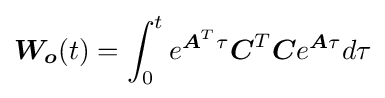
{\boldsymbol {W_{o}}}(t)=\int _{0}^{t}e^{{\boldsymbol {A}}^{T}\tau }{\boldsymbol {C}}^{T}{\boldsymbol {C}}e^{{\boldsymbol {A}}\tau }d\tau